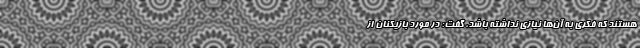
هستند که فکری به آن‌ها نیازی نداشته باشد، گفت: در مورد بازیکنان از